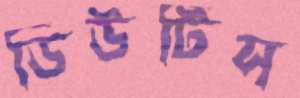
ডিউটিস